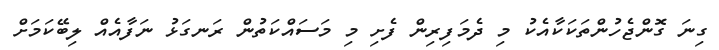
ގިނަ ގޮންޖެހުންތަކަކާއެކު މި ދެމަފިރިން ފެށި މި މަސައްކަތުން ރަނގަޅު ނަފާއެއް ލިބޭކަމަށް